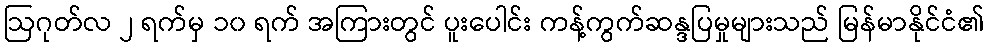
ဩဂုတ်လ ၂ ရက်မှ ၁၀ ရက် အကြားတွင် ပူးပေါင်း ကန့်ကွက်ဆန္ဒပြမှုများသည် မြန်မာနိုင်ငံ၏